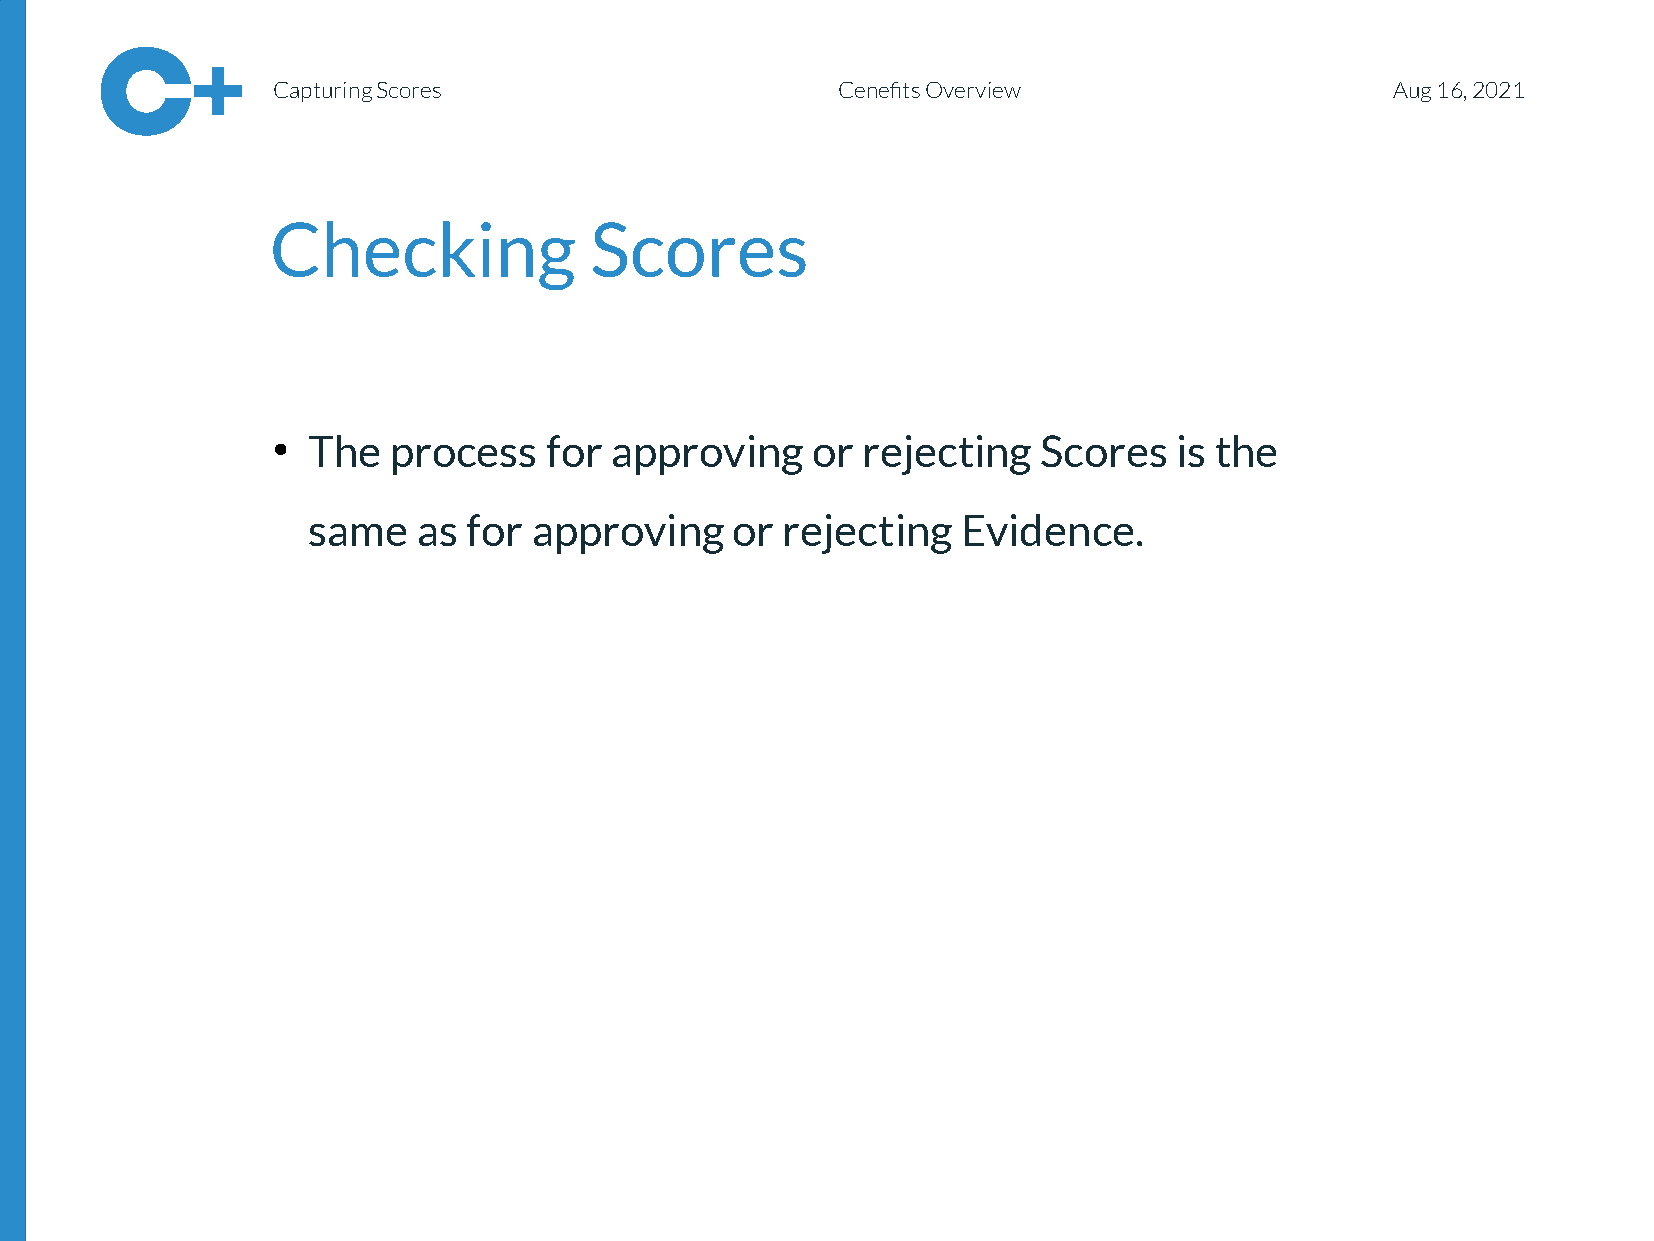
Capturing Scores                     Cenefits Overview                    Aug 16, 2021
 Checking             Scores
 The   process   for approving     or rejecting   Scores   is the
 ●
 <sSameec  atsi foorn a_pptriotvlieng_ o1r >rejecting Evidence.